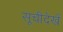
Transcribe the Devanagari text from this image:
सूचीदेखें